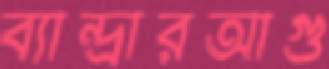
ব্যান্দ্রারআগু